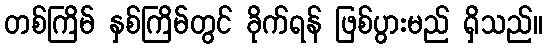
တစ်ကြိမ် နှစ်ကြိမ်တွင် ခိုက်ရန် ဖြစ်ပွားမည် ရှိသည်။